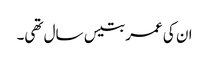
ان کی عمر بتیس سال تھی۔